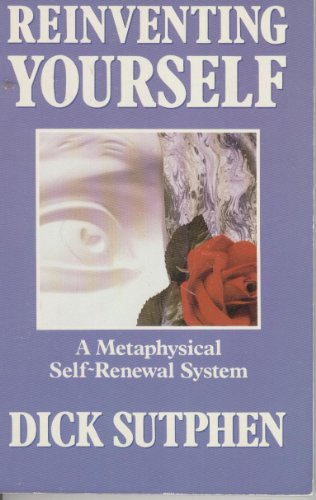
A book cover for Reinventing Yourself: A Metaphysical Self-Renewal System; Dick Sutphen; Self-Help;